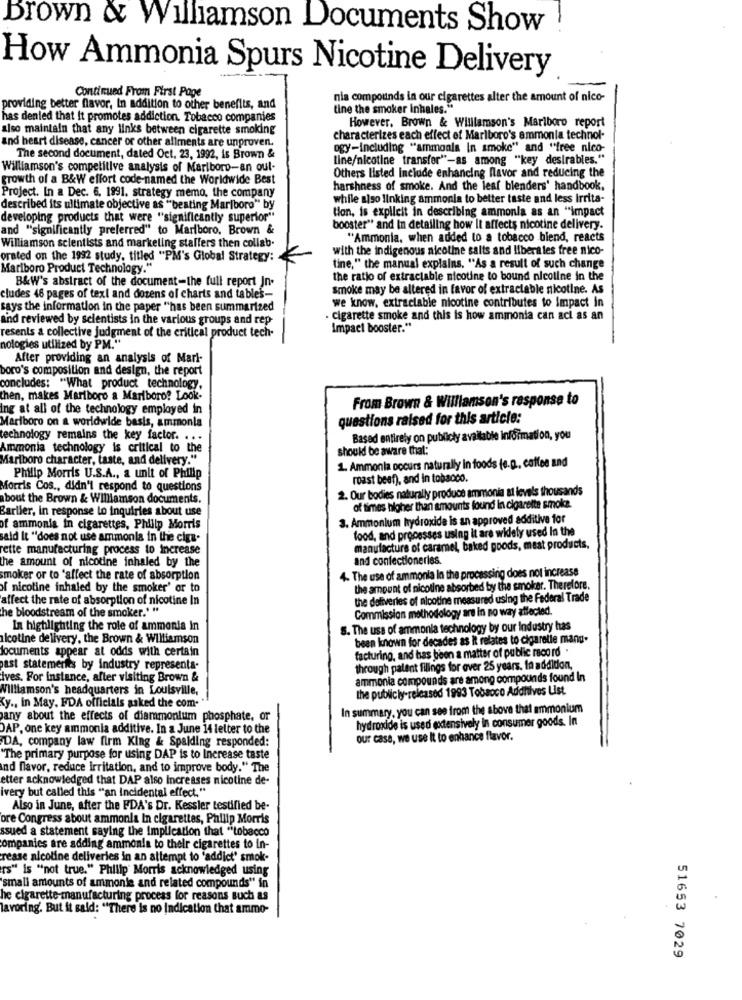
Brown & Williamson Documents Show
How Ammonia Spurs Nicotine Delivery
Continued From First Page
nia compounds in our cigarettes alter the amount of nico-
providing better flavor, In addition to other benefits, and
tine the smoker inhales."
has denied that It promotes addiction. Tobacco companies
However, Brown & Williamson's Marlboro report
also maintain that any links between cigarette smoking
and heart disease, cancer or other aliments are unproven.
characterizes each effect of Marlboro's ammonia technol-
ogy-Including "ammonla In smoke" and "free nico-
The second document, dated Oct. 23, 1992, is Brown &
line/nicotine transfer"-as among "key desirables."
Williamson's competitive analysis of Marlboro-an out-
growth of a B&W effort code-named the Worldwide Best
Others listed Include enhancing flavor and reducing the
harshness of smoke. And the leaf blenders' handbook,
Project. In a Dec. 6. 1991. strategy memo, the company
while also linking ammonia to better taste and less irrita-
described its ultimate objective as ""beating Marlboro" by
tion, is explicit in describing ammonia as an "impact
developing products that were "significantly superior"
and "significantly preferred" to Marlboro. Brown &
booster" and In detailing how it affects nicotine delivery.
Williamson scientists and marketing staffers then collab.
"Ammonia, when added to a tobacco blend, reacts
with the indigenous nicotine salts and liberales free nico-
orated on the 1992 study, titled "Pi's Global Strategy:
Marlboro Product Technology."
tine," the manual explains, "As a result of such change
B&W's abstract of the document-the full report Jn-
the ratio of extractable nicotine to bound nicotine in the
smoke may be altered in favor of extraciable nicotine. As
cludes 46 pages of text and dozens of charts and tables-
says the information in the paper "has been summarized
we know, extractable nicotine contributes to impact in
and reviewed by scientists in the various groups and rep
. cigarette smoke and this is how ammonia can act as an
Impact booster."
resents a collective judgment of the critical product tech-
nologies utilized by PM."
After providing an analysis of Mark-
boro's composition and design, the report
concludes: "What product technology,
then, makes Mariboro a Marlboro? Look-
From Brown & Williamson's response to
Ing at all of the technology employed in
Marlboro on a worldwide basis, ammonia
questions raised for this article:
technology remains the key factor. . . .
Based entirely on publicly available information, you
Ammonia technology is critical to the
should be aware that:
Marlboro character, taste, and delivery."
1. Ammonia occurs naturally in foods (e.p. coffee and
Philip Morris U.S.A ., a unit of Philip
roast beef), and in tobacco.
Morris Cos ., didn't respond to questions
2. Our bodies naturally produce ammonia at levels thousands
about the Brown & Williamson documents.
Earlier, in response to inquiries about use
of times higher than amounts found In cigarette smoke.
3. Ammonium hydroxide is an approved additive for
of ammonia in cigarettes, Philip Morris
food, and processes using it are widely used In the
said It "does not use ammonia in the ciga-
rette manufacturing process to increase
manufacture of caramel, baked goods, meat products,
The amount of nicotine inhaled by the
and confectionerles.
4. The use of ammonia In the processing does not increase
smoker or to 'affect the rate of absorption
if nicotine inhaled by the smoker' or to
the amount of nicotine absorbed by the smoker. Therefore.
affect the rate of absorption of nicotine In
the deliveries of nicotine measured using the Federal Trade
he bloodstream of the smoker." "
Commission methodology are in no way affected.
In highlighting the role of ammonia in
8. The use of ammonia technology by our Industry has
nicotine delivery, the Brown & Williamson
been known for decades as it relates to cigarette manu-
documents appear at odds with certain
facturing, and has been a matter of public record .
past statements by Industry representa-
through patent filings for over 25 years. In addition,
ives. For instance, after visiting Brown &
ammonia compounds are among compounds found In
Williamson's headquarters in Louisville,
the publicly-reicased 1993 Tobacco Additives List.
Ky ., in May, FDA officials asked the com-
In summary. you can see from the above that ammonium
any about the effects of diammonium phosphate, or
hydroxide is used extensively in consumer goods. In
DAP, one key ammonia additive. In a June 14 letter to the
DA, company law firm King & Spalding responded:
our case, we use It to enhance flavor.
"The primary purpose for using DAP is to Increase taste
Ind flavor, reduce Irritation, and to improve body." The
etter acknowledged that DAP also Increases nicotine de-
ivery but called this "an incidental effect."
Also in June, after the FDA's Dr. Kessler testified be-
ore Congress about ammonla In cigarettes, Philip Morris
ssued a statement saying the Implication that "tobacco
companies are adding ammonia to their cigarettes to in-
rease nicoline deliveries in an attempt to 'addict' smok-
rs" is "not true." Philip Morris acknowledged using
'small amounts of ammonle and related compounds" in
he cigarette-manufacturing process for reasons such as
lavoring'. But it said: "There is no Indication that ammo-
51653 7029